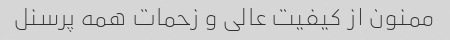
ممنون از کیفیت عالی و زحمات همه پرسنل